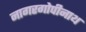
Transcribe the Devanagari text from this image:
नागरगोपीनाथ